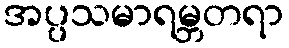
အပ္ပသမာရမ္ဘတရာ